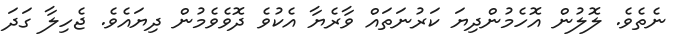
ނެތެވެ. ލޮލުން އޮހެމުންދިޔަ ކަރުނަތައް ވާރެޔާ އެކުވެ ދޮވެވެމުން ދިޔައެވެ. ޖެހިލާ ގަދަ